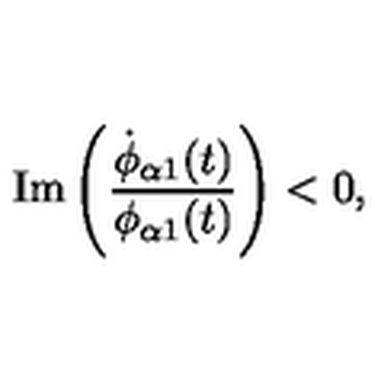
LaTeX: \mathrm { I m } \left( \frac { \dot { \phi } _ { \alpha 1 } ( t ) } { \phi _ { \alpha 1 } ( t ) } \right) < 0 ,